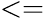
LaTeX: <=